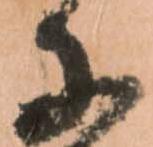
子